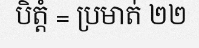
បិត្តំ = ប្រមាត់ ២២